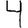
Digit: 4